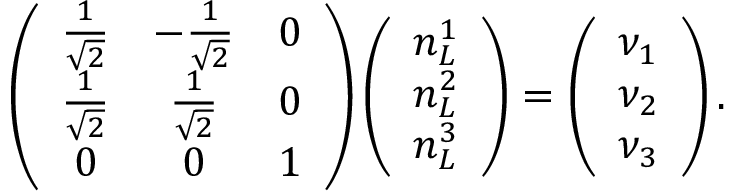
\left( \begin{array} { c c c } { { \frac { 1 } { \sqrt { 2 } } } } & { { - \frac { 1 } { \sqrt { 2 } } } } & { { 0 } } \\ { { \frac { 1 } { \sqrt { 2 } } } } & { { \frac { 1 } { \sqrt { 2 } } } } & { { 0 } } \\ { { 0 } } & { { 0 } } & { { 1 } } \end{array} \right) \left( \begin{array} { c } { { n _ { L } ^ { 1 } } } \\ { { n _ { L } ^ { 2 } } } \\ { { n _ { L } ^ { 3 } } } \end{array} \right) = \left( \begin{array} { c } { { \nu _ { 1 } } } \\ { { \nu _ { 2 } } } \\ { { \nu _ { 3 } } } \end{array} \right) .